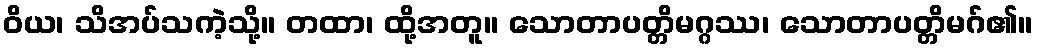
ဝိယ၊ သိအပ်သကဲ့သို့။ တထာ၊ ထို့အတူ။ သောတာပတ္တိမဂ္ဂဿ၊ သောတာပတ္တိမဂ်၏။